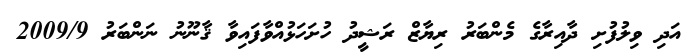
އަދި ވިލުފުށި ދާއިރާގެ މެންބަރު ރިޔާޒް ރަޝީދު ހުށަހަޅުއްވާފައިވާ ޤާނޫނު ނަންބަރު 2009/9